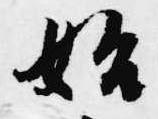
始